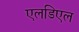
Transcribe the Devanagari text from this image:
एलडिएल